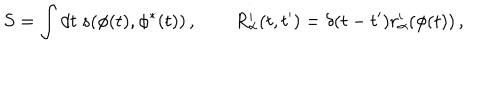
LaTeX: S = \int d t ~ s ( \phi ( t ) , \phi ^ { * } ( t ) ) \, , \qquad R _ { \alpha } ^ { i } ( t , t ^ { \prime } ) = \delta ( t - t ^ { \prime } ) r _ { \alpha } ^ { i } ( \phi ( t ) ) \, ,